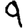
Digit: 9